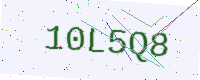
Text: 10L5Q8